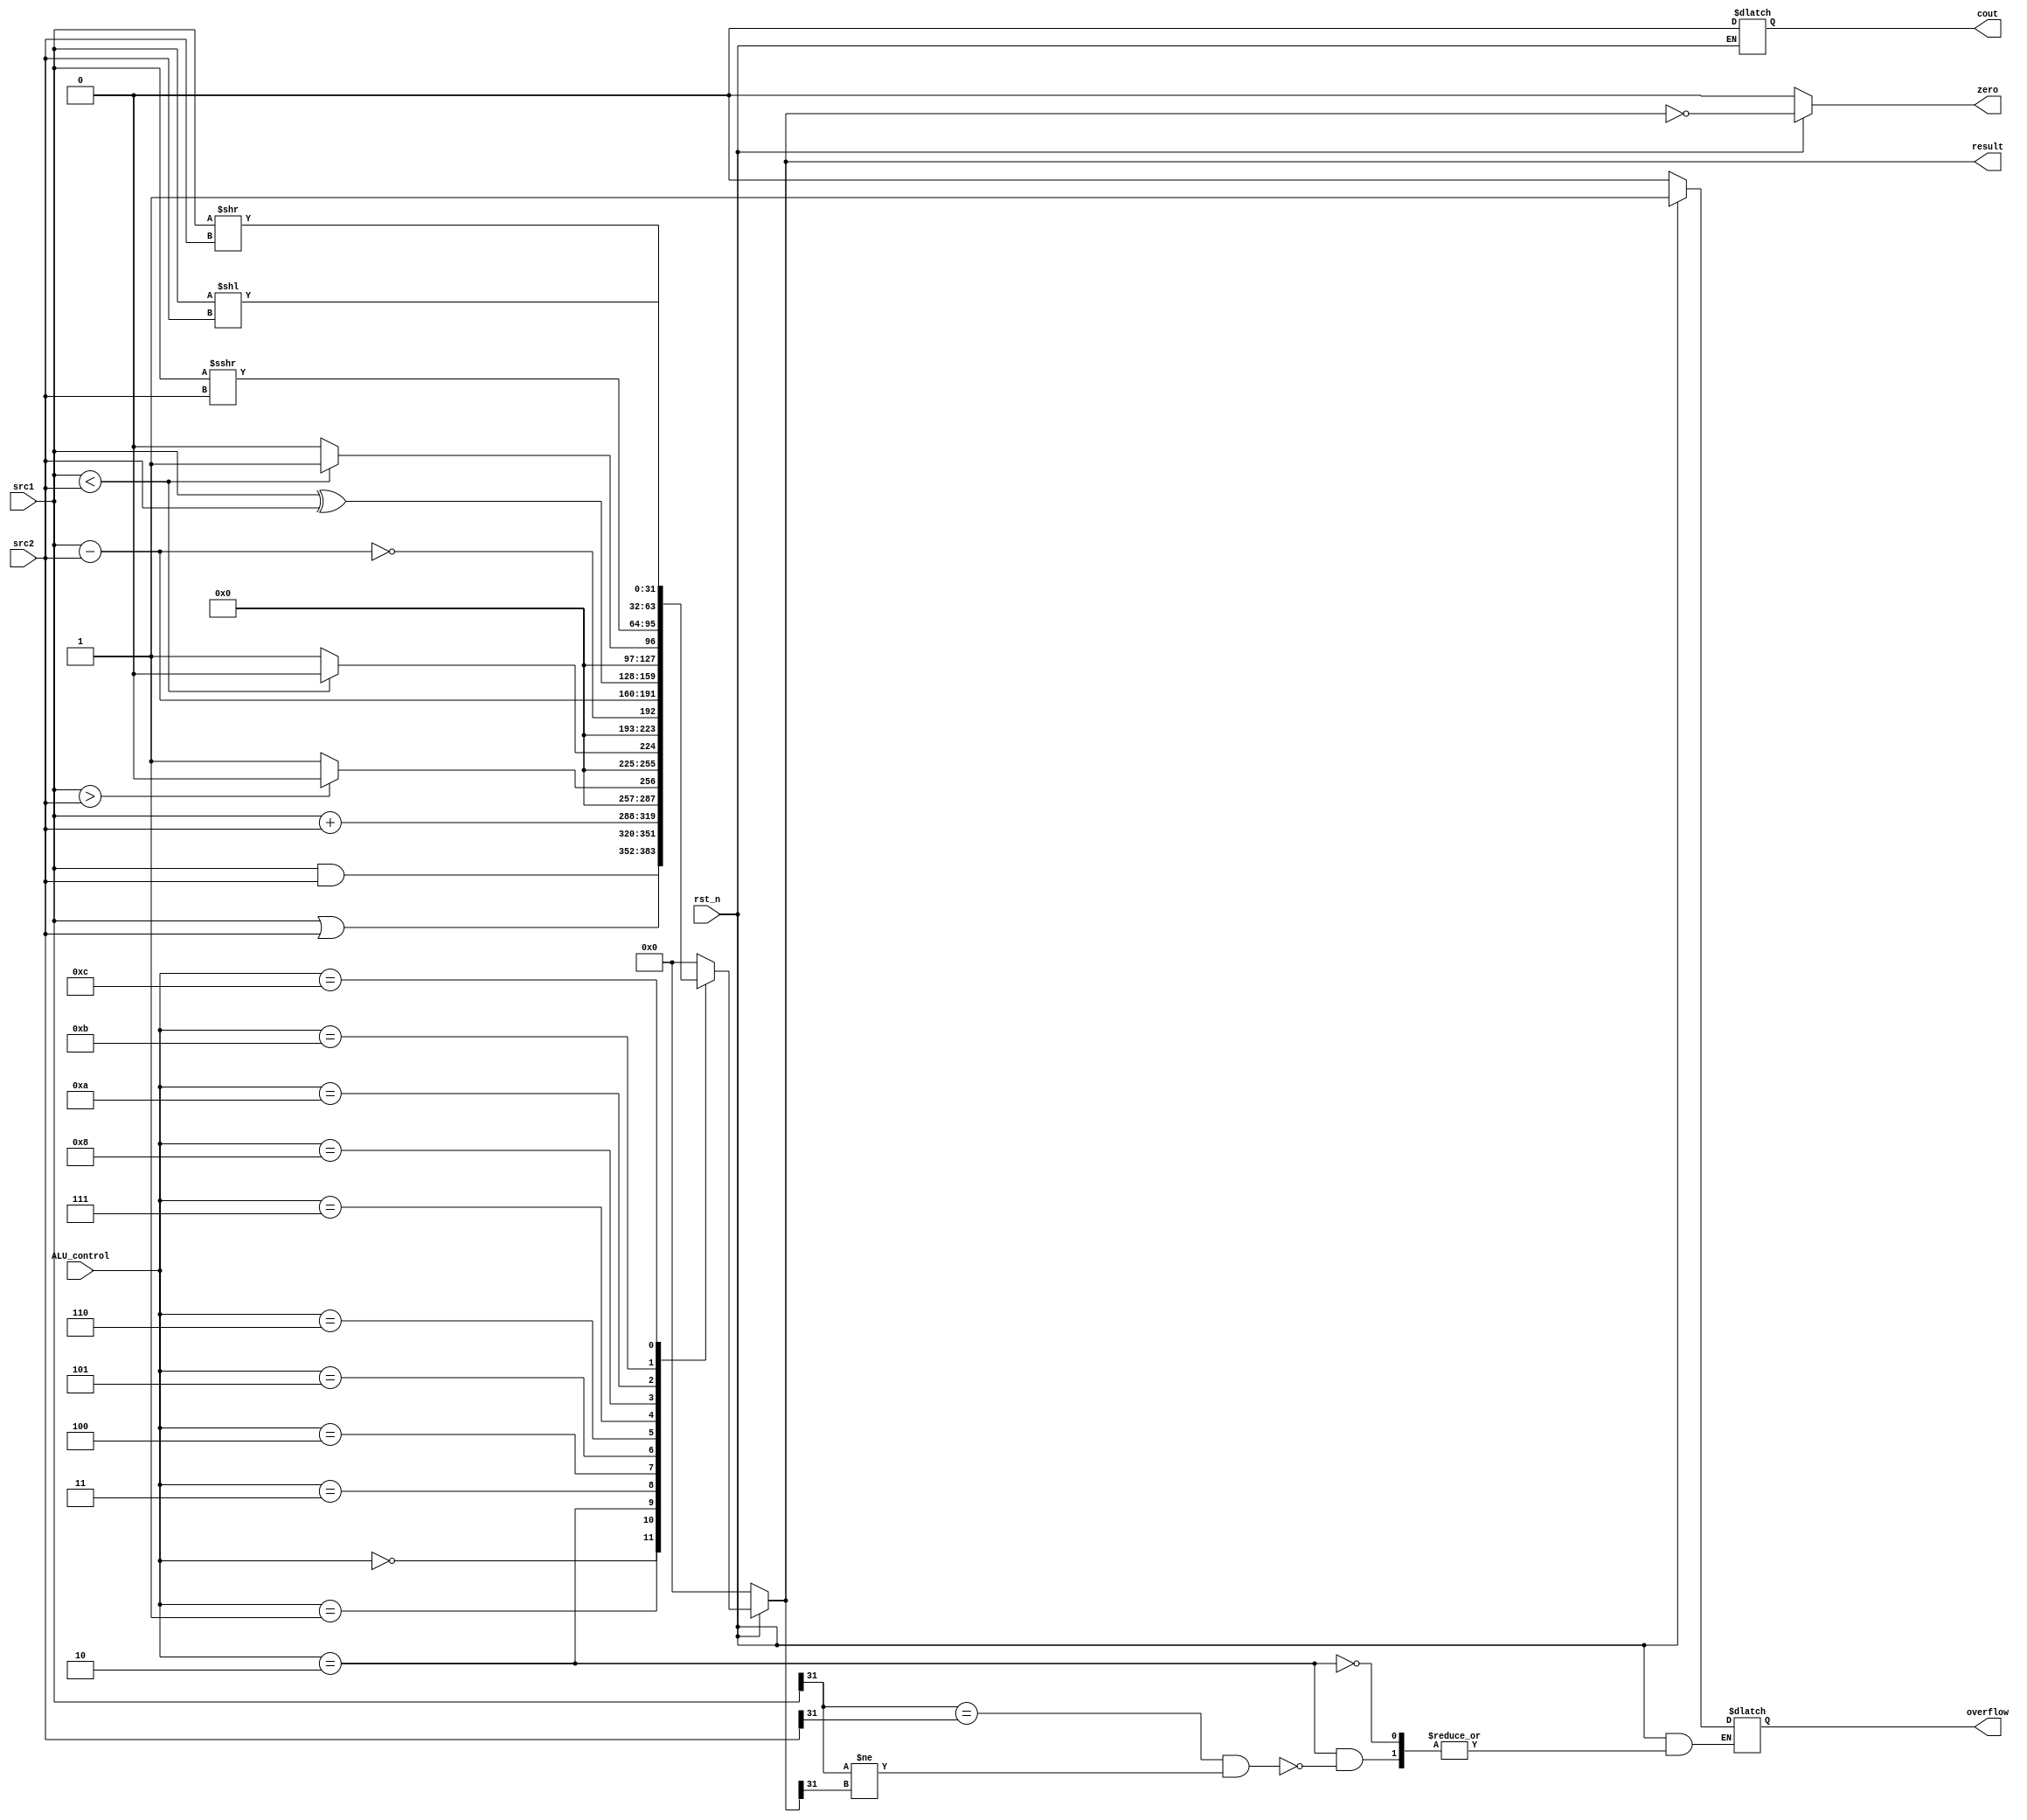
/***************************************************
Student Name:_
Student ID: group10_0711099_0810749
***************************************************/
`timescale 1ns/1ps

module alu(
	input                   rst_n,         // negative reset            (input)
	input signed	     [32-1:0]	src1,          // 32 bits source 1          (input)
	input signed	     [32-1:0]	src2,          // 32 bits source 2          (input)
	input 	     [ 4-1:0] 	ALU_control,   // 4 bits ALU control input  (input)
	output reg   [32-1:0]	result,        // 32 bits result            (output)
	output reg              zero,          // 1 bit when the output is 0, zero must be set (output)
	output reg              cout,          // 1 bit carry out           (output)
	output reg              overflow       // 1 bit overflow            (output)
	);

/* Write your code HERE */

always @(*) begin
	if(~rst_n) begin  //reset
		result   <= 0;
		zero     <= 0;
		cout     <= 0;
		overflow <= 0;
	end
	else begin
		case (ALU_control)
			4'b0000: begin	//and
				result <= src1&src2;
			end
			4'b0001: begin	//or
				result <= src1|src2;
			end
			4'b0010: begin	//add
				result <= src1+src2;
				if(src1[31]==src2[31] && src1[31]!=result[31]) begin
					overflow <= 1;
				end
			end
			4'b0011: begin  //bgt
				result <= (src1>src2) ? 0:1;
				//result <= src1-src2;
				//result <= result[31];
			end
			4'b0100: begin  //blt
				result <= (src1<src2) ? 0:1;
				//result <= S1-S2;
				//result <= !result[31];
			end
			4'b0101: begin	//sub (bne)
				result <= !(src1-src2);
				//result <= !result;
			end
			4'b0110: begin	//sub (beq)
				result <= src1-src2;
			end
			4'b0111: begin	//xor
				result <= src1^src2;
			end
			4'b1000: begin	//slt
				result <= (src1<src2) ? 1:0;
			end
			4'b1010: begin  //sra
				result <= src1 >>> src2;
			end
			4'b1011: begin  //srli
				result <= src1 >> src2;
			end
			4'b1100: begin  //sll
				result <= src1 << src2;
			end
			default: begin  //null
				result <= 0;
			end
		endcase
		zero = !result;
	end
end


endmodule